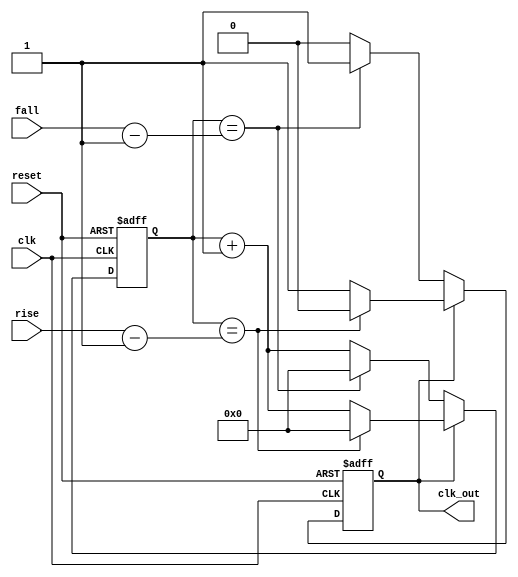
module PWM_Generator_Verilog(clk,reset,rise,fall,clk_out);
input wire clk;
input wire reset;
output wire clk_out;
input wire [31:0] rise; 
input wire [31:0] fall;
reg [31:0] count, count_on, count_off;
reg  pos_or_neg;
 
 
always @(posedge clk, posedge reset) begin
    if(reset) begin
 
		count<= 0;
		count <= 0;
        pos_or_neg <=1;
 
		end 
	else  if ( (pos_or_neg ==1) )
	begin
	if ((count == count_on-1) )
		begin 
		count <=0;
		pos_or_neg <=0;  	  
		end
	else 
	count <= count+1;
	end
	else  if ( (pos_or_neg ==0) )
	begin
	if ((count == count_off-1) )
		begin 
		count <=0;
		pos_or_neg <=1;  	  
		end
	else 
	count <= count+1;
	end
end	
 
always @(rise, fall)
begin
count_on <= rise;
count_off <= fall;	
end	
 
assign clk_out = pos_or_neg;
 
endmodule